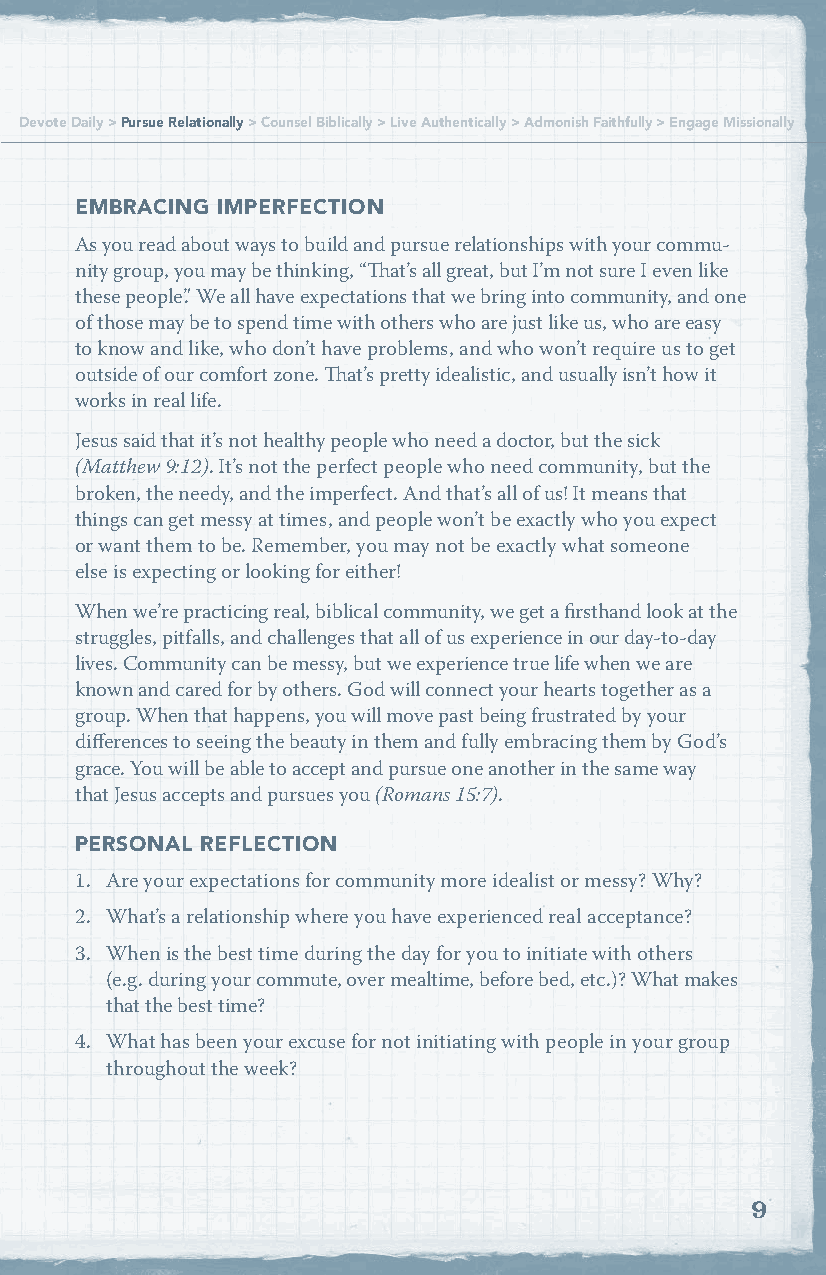
Devote Daily > Pursue Relationally > Counsel Biblically > Live Authentically > Admonish Faithfully > Engage Missionally
 EMBRACING IMPERFECTION
 As you read about ways to build and pursue relationships with your commu-
 nity group, you may be thinking, “That’s all great, but I’m not sure I even like
 these people.” We all have expectations that we bring into community, and one
 of those may be to spend time with others who are just like us, who are easy
 to know and like, who don’t have problems, and who won’t require us to get
 outside of our comfort zone. That’s pretty idealistic, and usually isn’t how it
 works in real life.
 Jesus said that it’s not healthy people who need a doctor, but the sick
 (Matthew 9:12). It’s not the perfect people who need community, but the
 broken, the needy, and the imperfect. And that’s all of us! It means that
 things can get messy at times, and people won’t be exactly who you expect
 or want them to be. Remember, you may not be exactly what someone
 else is expecting or looking for either!
 When we’re practicing real, biblical community, we get a firsthand look at the
 struggles, pitfalls, and challenges that all of us experience in our day-to-day
 lives. Community can be messy, but we experience true life when we are
 known and cared for by others. God will connect your hearts together as a
 group. When that happens, you will move past being frustrated by your
 differences to seeing the beauty in them and fully embracing them by God’s
 grace. You will be able to accept and pursue one another in the same way
 that Jesus accepts and pursues you (Romans 15:7).
 PERSONAL REFLECTION
 1. Are your expectations for community more idealist or messy? Why?
 2. What’s a relationship where you have experienced real acceptance?
 3. When is the best time during the day for you to initiate with others
 (e.g. during your commute, over mealtime, before bed, etc.)? What makes
 that the best time?
 4. What has been your excuse for not initiating with people in your group
 throughout the week?
 9